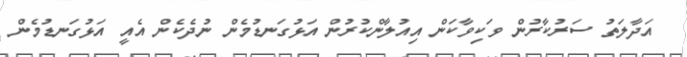
އަދާލަތު ސަރުކާރުން ވަކިވާކަން އިއުލާންކުރުން އަޅުގަނޑުމެން ނުދެކެން އެއީ އަޅުގަނޑުމެން